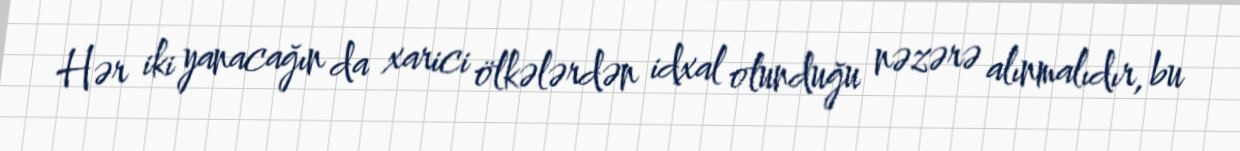
Hər iki yanacağın da xarici ölkələrdən idxal olunduğu nəzərə alınmalıdır, bu